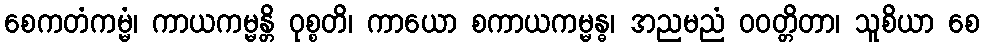
စေကတံကမ္မံ၊ ကာယကမ္မန္တိ ဝုစ္စတိ၊ ကာယော စကာယကမ္မန္ဓ၊ အညမညံ ဝဝတ္တိတာ၊ သူစိယာ စေ